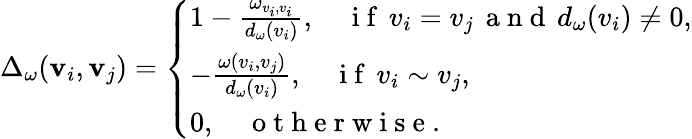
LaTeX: \Delta_{\omega}(\mathbf{v}_{i},\mathbf{v}_{j})=\left\{ \begin{array}{ll}{1-\frac{\omega_{v_{i},v_{i}}}{d_{\omega}(v_{i})},\quad\mathrm{~i~f~}\, v_{i}=v_{j}\, \mathrm{~a~n~d~}\, d_{\omega}(v_{i})\neq 0,}\\ {-\frac{\omega(v_{i},v_{j})}{d_{\omega}(v_{i})},\quad\mathrm{~i~f~}\, v_{i}\sim v_{j},}\\ {0,\quad\mathrm{~o~t~h~e~r~w~i~s~e~}.}\end{array}\right.